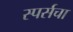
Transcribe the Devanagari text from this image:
स्पर्सचा